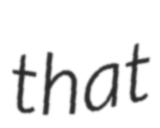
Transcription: that